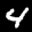
Label: 4